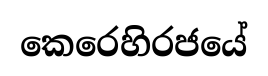
කෙරෙහිරජයේ